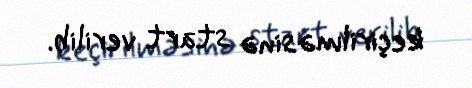
keçirilməsinə start verilib.